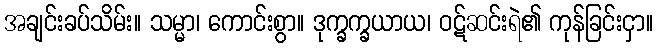
အချင်းခပ်သိမ်း။ သမ္မာ၊ ကောင်းစွာ။ ဒုက္ခက္ခယာယ၊ ဝဋ်ဆင်းရဲ၏ ကုန်ခြင်းငှာ။